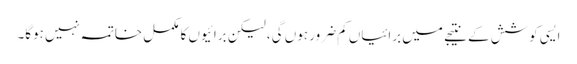
ایسی کوشش کے نتیجے میں برائیاں کم ضرور ہوں گی، لیکن برائیوں کا مکمل خاتمہ نہیں ہوگا۔